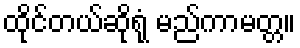
ထိုင်တယ်ဆိုရုံ မည်ကာမတ္တ။